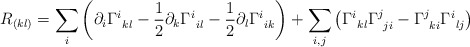
\begin{align*} R_{(kl)} = \sum_i \left( \partial_i \Gamma^i_{\: \: kl} - \frac12 \partial_k\Gamma^i_{\: \: il} - \frac12 \partial_l \Gamma^i_{\: \: ik} \right) +\sum_{i,j} \left( \Gamma^i_{\: \: kl}\Gamma^j_{\: \: ji} -\Gamma^j_{\: \: ki} \Gamma^i_{ \: \: lj} \right)\end{align*}